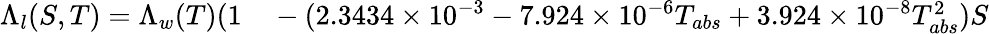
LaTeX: \begin{array}{rl}{\Lambda_{l}(S,T)=\Lambda_{w}(T)(1}&{{}-(2.3434\times 10^{-3}-7.924\times 10^{-6}T_{abs}+3.924\times 10^{-8}T_{abs}^{2})S}\end{array}